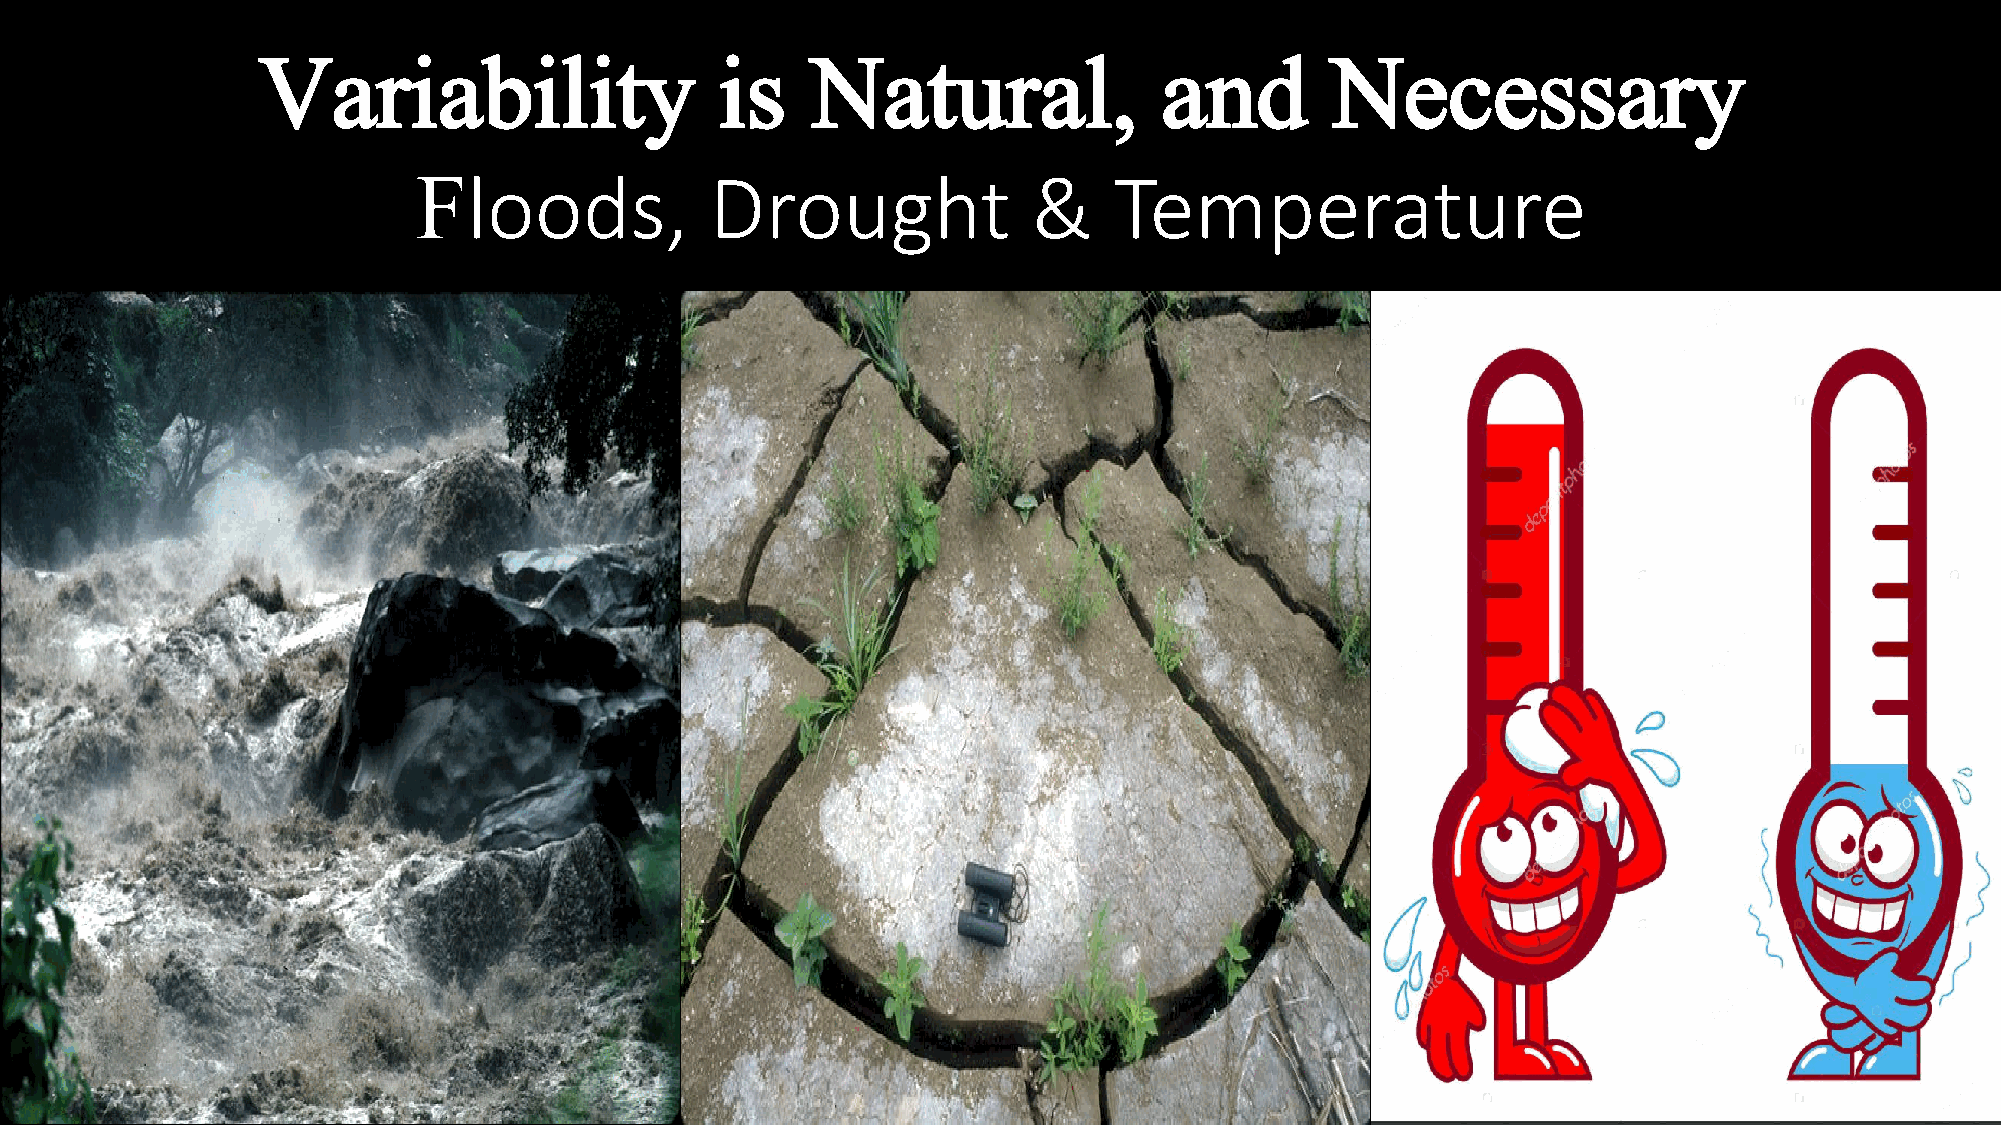
Variability                    is    Natural,               and        Necessary
 Floods,            Drought              &     Temperature